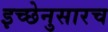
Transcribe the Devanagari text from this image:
इच्छेनुसारच